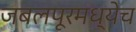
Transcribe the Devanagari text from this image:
जबलपूरमध्येच